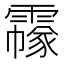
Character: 𩅲